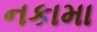
નકામા